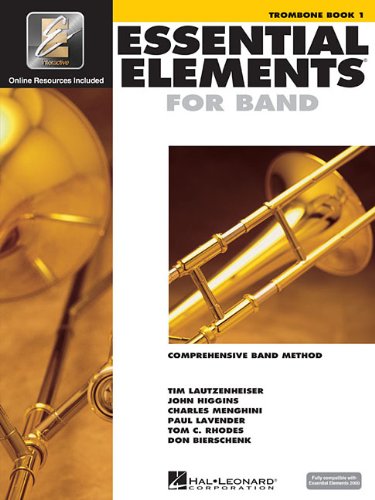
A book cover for Essential Elements for Band - Book 1 with EEi: Trombone; Arts & Photography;